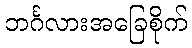
ဘင်္ဂလားအခြေစိုက်